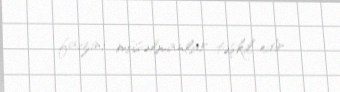
faizini müsəlmanlar təşkil edir.